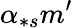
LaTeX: \alpha_{\ast s}m^{\prime}